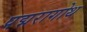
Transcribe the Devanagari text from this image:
पद्मरागोथ